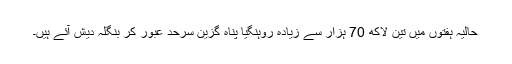
حالیہ ہفتوں میں تین لاکھ 70 ہزار سے زیادہ روہنگیا پناہ گزین سرحد عبور کر بنگلہ دیش آئے ہیں۔